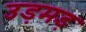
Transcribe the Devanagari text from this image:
उड़मड़